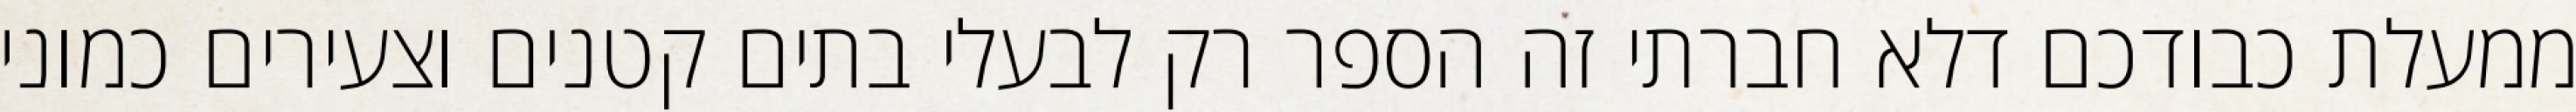
ממעלת כבודכם דלא חברתי זה הספר רק לבעלי בתים קטנים וצעירים כמוני